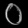
Digit: ၀